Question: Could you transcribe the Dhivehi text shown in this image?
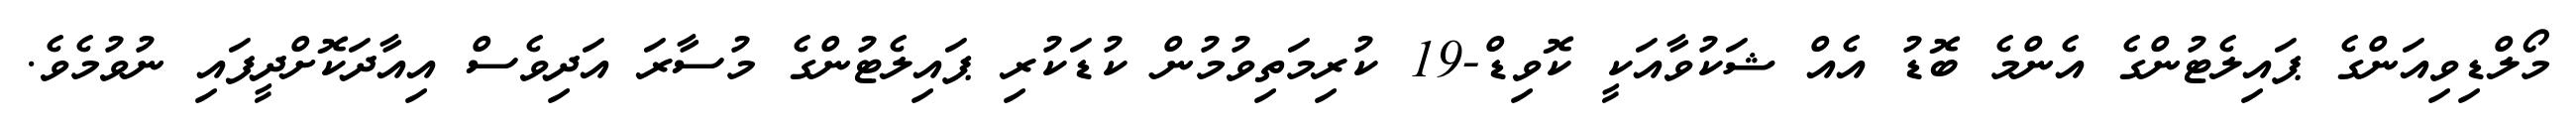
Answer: މޯލްޑިވިއަންގެ ޕައިލެޓުންގެ އެންމެ ބޮޑު އެއް ޝަކުވާއަކީ ކޮވިޑް-19 ކުރިމަތިވުމުން ކުޑަކުރި ޕައިލެޓުންގެ މުސާރަ އަދިވެސް އިއާދަކޮށްދީފައި ނުވުމެވެ.